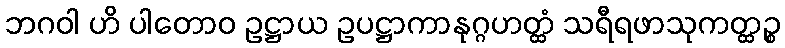
ဘဂဝါ ဟိ ပါတောဝ ဥဋ္ဌာယ ဥပဋ္ဌာကာနုဂ္ဂဟတ္ထံ သရီရဖာသုကတ္ထဉ္စ